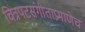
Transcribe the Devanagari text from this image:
चित्रपटसंगीताप्रमाणेच